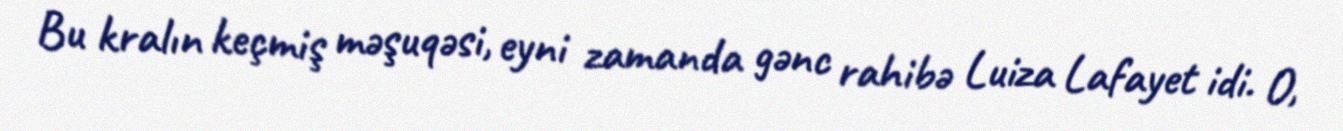
Bu kralın keçmiş məşuqəsi, eyni zamanda gənc rahibə Luiza Lafayet idi. O,